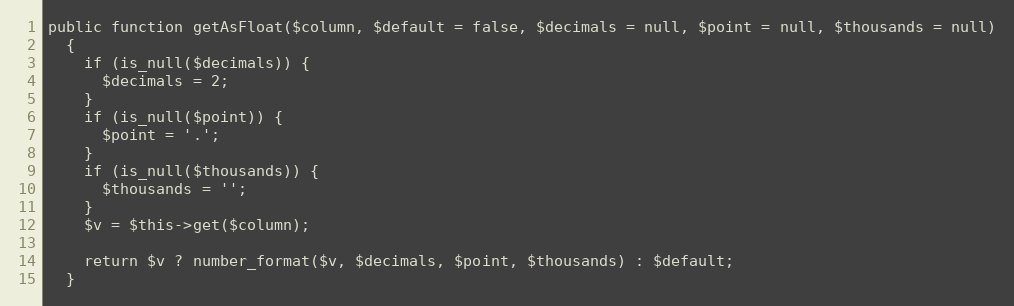
Language: PHP
public function getAsFloat($column, $default = false, $decimals = null, $point = null, $thousands = null)
  {
    if (is_null($decimals)) {
      $decimals = 2;
    }
    if (is_null($point)) {
      $point = '.';
    }
    if (is_null($thousands)) {
      $thousands = '';
    }
    $v = $this->get($column);

    return $v ? number_format($v, $decimals, $point, $thousands) : $default;
  }